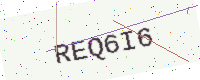
Text: REQ6I6